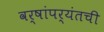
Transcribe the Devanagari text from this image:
वर्षांपर्यंतची